Annual statistical returns and brief notes on vaccination in Bengal - 1887-1898
Year: 1887
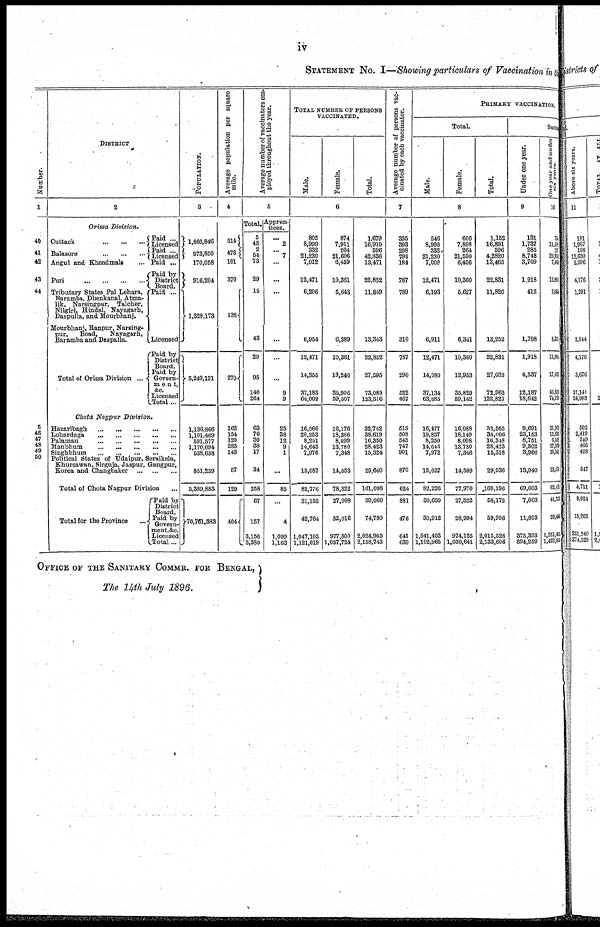
iv
STATEMENT No. I.—Showing particulars of Vaccination in the
Number.
1
40
41
42
43
44
5
50
DISTRICT
2
Orissa Division.
Cuttack...
...
...
...
Balasore...
...
...
...
Angul and Khondmals... ...
Puri...
...
...
Tributary States Pal Lehara,
Baramba, Dhenkanal,Atma-
lik, Narsingpur, Talcher,
Nilgiri, Hindal, Nayagarh,
Daspulla, and Mourbnanj.
Mourbhanj, Ranpur, Narsing-
pur,
Boad,
Nayagarn,
Baramba and Daspalla.
Total of Orissa Division ...
Paid ...
Licensed.
Paid ...
Licensed.
Paid ...
Paid by
District
Board.
Paid ...
Licensed
Paid by
District
Board.
Paid by
Govern-
ment,
&c. Licensed.
Total...
Chota Nagpur Division.
Hazaribagh...
...
...
...
...
Lohardaga...
...
...
...
Palamau...
...
...
...
Manbhum...
...
...
...
Singhbhum
...
...
...
...
Political States of Udaipur, Seraikela,
Khursawan, Sirguja, Jaspur, Gangpur,
Korea and
Changbaker...
...
...
Total of Chota Nagpur Division...
Total for the Province...
Paid by
District
Board.
Paid by
Govern-
ment,&c.
Licensed.
Total ...
POPULATION.
3
1,860,846
973,850
170,058
916,204
1,328,173
5,249,131
1,136,866
1,101,469
591,577
1,170,094
538,638
851,239
5,389,883
70,761,383
Average population per square
mile.
4
514
473
101
370
138
270
162
154
120
283
143
57
129
404
Average number of vaccinators em-
ployed throughout the year.
5
Total.
5
43 2
54
73
29
15
43
29
95
140
261
63
76
30
38
17
34
258
67
157
3,156
3,380
Appren-
tices.
...
2
... 7
...
...
...
...
...
...
9
9
25
38
12
9
1
...
85
...
4
1,099
1,103
TOTAL NUMBER OF PERSONS
VACCINATED.
Male.
Female.
Total.
6
805
8,999
332
21,230 7,012
12,471
6,206
6,964
12,471
14,355
37,183
64,009
16,566
20,253
8,251
14,643
7,976
15,087
82,776
31,152
42,764
1,047,103
1,121,019
874
7,911
264
21,606
6,459
10,361
5,643
6,389
10,361
13,240
35,906
59,507
16,176
18,366
8,099
13,780
7,348
14,553
78,322
27,908
32,016
977,800
1,037,724
1,679
16,910
596
42,836
13,471
22,832
11,849
13,343
22,832
27,595
73,089
123,516
32,742
38,619
16,350
28,423
15,324
29,640
161,098
59,060
74,780
2,024,903
2,158,743
Average number of persons vac-
cinated by each vaccinator.
7
335
393
298
793
184
787
789
310
787
290
522
467
519
508
545
747
901
870
624
881
476
641
639
PRIMARY VACCINATION.
Total.
Male.
Female.
Total.
8
546
8,993
332
21,230
7,009
12,471
6,193
6,911
12,471
14,080
37,134
63,685
16,477
19,857
8,250
14,643
7,972
15,027
82,226
30,650
30,912
1,041,403
1,102,965
606
7,898
264
21,590
6,456
10,360
5,627
6,341
10,360
12,953
35,829
59,142
16,088
18,149
8,098
13,780
7,346
14,509
77,970
27,522
28,994
974,125
1,030,641
1,152
16,891
596
4,2820
13,465
22,831
11,820
13,252
22,831
27,033
72,963
122,827
32,565
38,006
16,348
28,423
15,318
29,536
160,196
58,172
59,996
2,015,528
2,133,606
Succes
Under one year.
9
131
1,737
285
8,742
3,709
1,918
412
1,708
1,918
4,537
12,187
18,642
9,691
23,153
8,751
9,502
3,966
13,940
69,003
7,063
11,803
375,393
394,259
One year and under
six year.
10
766
11,35
137
20,8
7,4
13,90
9,064
8,
15,90
17,42
40,83
74,19
21,95
11,611
6,58
17,98
10,50
13,
82,
41,0
29,4
1,351,455
1,422,83
OFFICE OF THE SANITARY COMMR. FOR BENGAL,
The 14th July 1896.